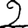
Digit: 2